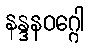
နန္ဒနဝဂ္ဂေါ